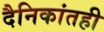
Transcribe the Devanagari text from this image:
दैनिकांतही